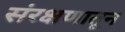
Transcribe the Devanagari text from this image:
संरक्षणातून